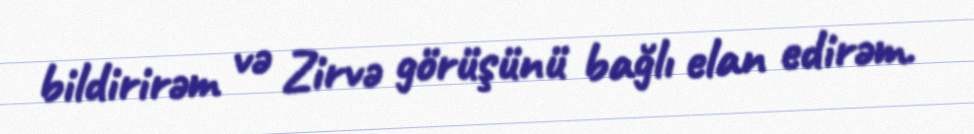
bildirirəm və Zirvə görüşünü bağlı elan edirəm.